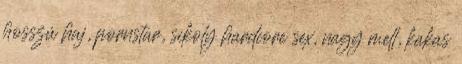
hosszú haj, pornstar, sikoly hardcore sex, nagy mell, kakas